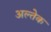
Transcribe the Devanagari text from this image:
अल्तेक